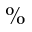
\%